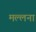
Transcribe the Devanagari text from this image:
मल्लना